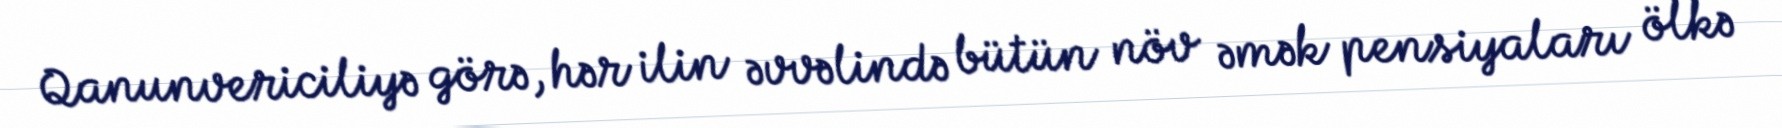
Qanunvericiliyə görə, hər ilin əvvəlində bütün növ əmək pensiyaları ölkə